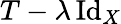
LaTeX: T-\lambda\operatorname{Id}_{X}